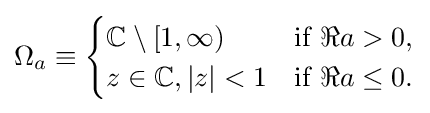
\Omega _{a}\equiv {\begin{cases}\mathbb {C} \setminus [1,\infty )&{\text{if }}\Re a>0,\\{z\in \mathbb {C} ,|z|<1}&{\text{if }}\Re a\leq 0.\end{cases}}